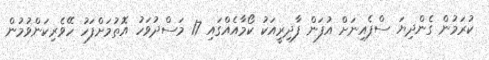
ކުރަމުން ގެންދިޔަ ސްޕެއިނަށް އުފަން ފާދިރީއަކު ކޯމާއެއްގައި 17 މަސްދުވަހު އޮތުމަށްފަހު ހޭވެރިކަންވުމުން